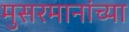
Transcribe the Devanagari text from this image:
मुसरमानांच्या